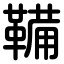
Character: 鞴